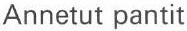
Annetut pantit